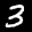
Label: 3